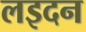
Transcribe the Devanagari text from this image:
लइदन